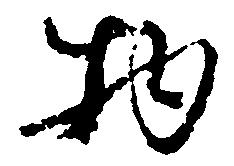
物